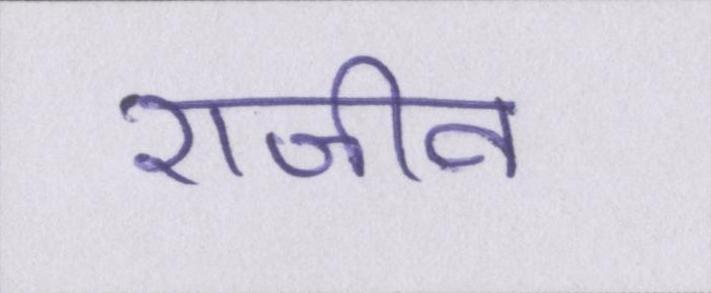
राजीव